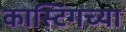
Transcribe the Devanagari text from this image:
कास्टिंगच्या